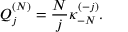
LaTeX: Q _ { j } ^ { ( N ) } = \frac { N } { j } \kappa _ { - N } ^ { ( - j ) } .